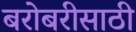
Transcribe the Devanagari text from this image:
बरोबरीसाठी